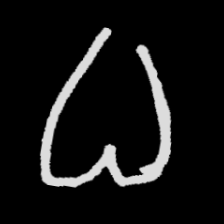
Pyu character \u2014 Myanmar letter: ဓ (romanized: dha)